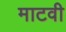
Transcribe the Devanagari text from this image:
माटवी